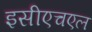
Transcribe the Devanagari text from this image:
इसीएचएल